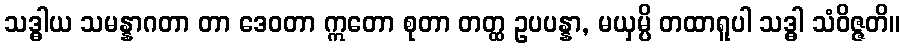
သဒ္ဓါယ သမန္နာဂတာ တာ ဒေဝတာ ဣတော စုတာ တတ္ထ ဥပပန္နာ, မယှမ္ပိ တထာရူပါ သဒ္ဓါ သံဝိဇ္ဇတိ။